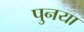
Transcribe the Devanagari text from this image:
पुनया